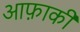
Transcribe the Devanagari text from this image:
आफ़ाकी